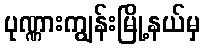
ပုဏ္ဏားကျွန်းမြို့နယ်မှ